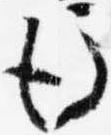
後